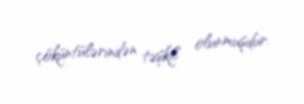
çöküntülərindən təşkil olunmuşdur.